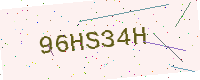
Text: 96HS34H